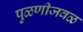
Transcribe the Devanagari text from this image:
पुळणीजवळ